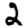
Digit: 2